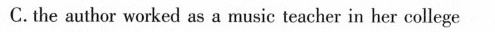
C. the author wurked as a music teacber in her college